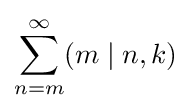
\sum _{n=m}^{\infty }(m\mid n,k)